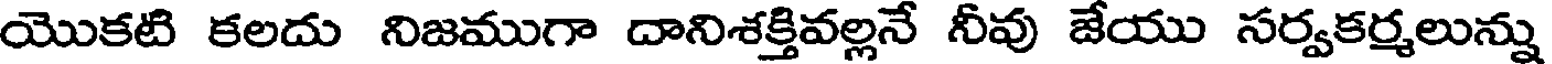
యొకటి కలదు నిజముగా దానిశక్తివల్లనే నీవు జేయు సర్వకర్మలున్ను